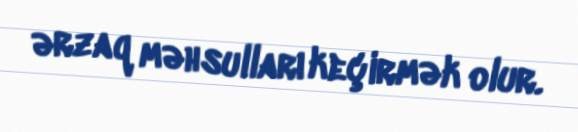
ərzaq məhsulları keçirmək olur.